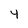
Character: 4